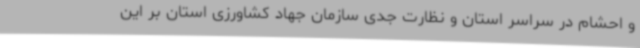
و احشام در سراسر استان و نظارت جدی سازمان جهاد کشاورزی استان بر این